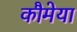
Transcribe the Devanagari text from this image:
कौमेया